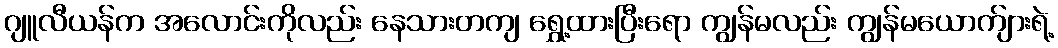
ဂျူလီယန်က အလောင်းကိုလည်း နေသားတကျ ရွှေ့ထားပြီးရော ကျွန်မလည်း ကျွန်မယောက်ျားရဲ့